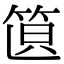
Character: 𥭣